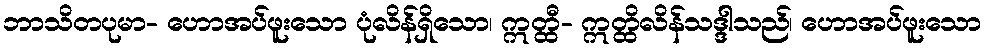
ဘာသိတပုမာ- ဟောအပ်ဖူးသော ပုံလိန်ရှိသော၊ ဣတ္ထီ- ဣတ္ထိလိန်သဒ္ဒါသည်၊ ဟောအပ်ဖူးသော